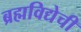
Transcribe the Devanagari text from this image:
ब्रह्मविद्येची